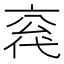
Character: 𪜣